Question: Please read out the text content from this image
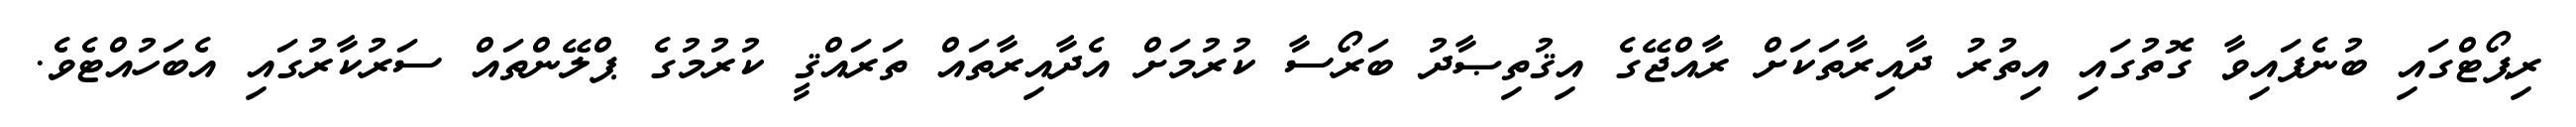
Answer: ރިޕޯޓްގައި ބުނެފައިވާ ގޮތުގައި އިތުރު ދާއިރާތަކަށް ރާއްޖޭގެ އިޤުތިޞާދު ބަރޯސާ ކުރުމަށް އެދާއިރާތައް ތަރައްޤީ ކުރުމުގެ ޕްލޭންތައް ސަރުކާރުގައި އެބަހުއްޓެވެ.